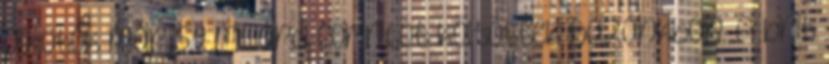
alkotók már 5,9 milliárd forintot költöttek hazánkban. A brit